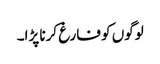
لوگوں کو فارغ کرنا پڑا۔